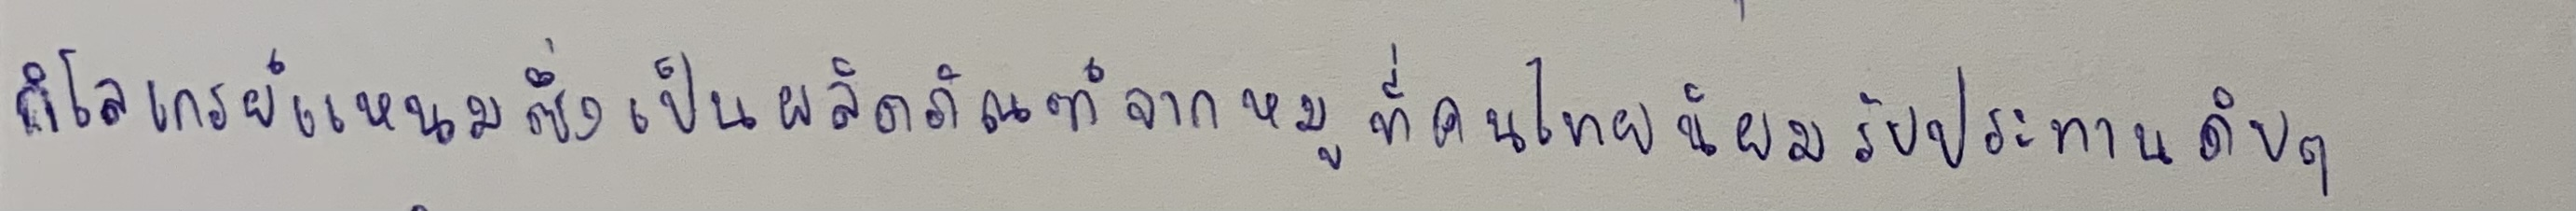
กิโลเกรย์แหนมซึ่งเป็นผลิตภัณฑ์จากหมูที่คนไทยนิยมรับประทานดิบๆ